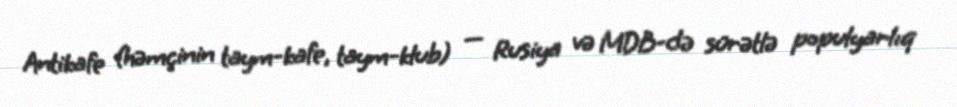
Antikafe (həmçinin taym-kafe, taym-klub) — Rusiya və MDB-də sürətlə populyarlıq